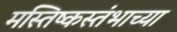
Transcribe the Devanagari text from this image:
मस्तिष्कस्तंभाच्या